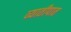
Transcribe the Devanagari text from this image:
व्यातीपात